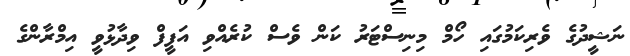
ނަޝީދުގެ ވެރިކަމުގައި ހޯމް މިނިސްޓަރު ކަން ވެސް ކުރެއްވި އަފީފް ވިދާޅުވީ އިމްރާންގެ